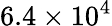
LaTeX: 6.4\times 10^{4}